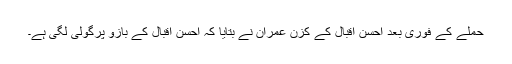
حملے کے فوری بعد احسن اقبال کے کزن عمران نے بتایا کہ احسن اقبال کے بازو پرگولی لگی ہے۔